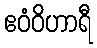
ဧဝံဝိဟာရီ